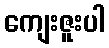
ကျေးဇူးပါ